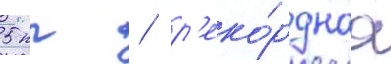
5 кг / р'еко́рднаа